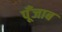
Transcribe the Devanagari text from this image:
पूँजाब